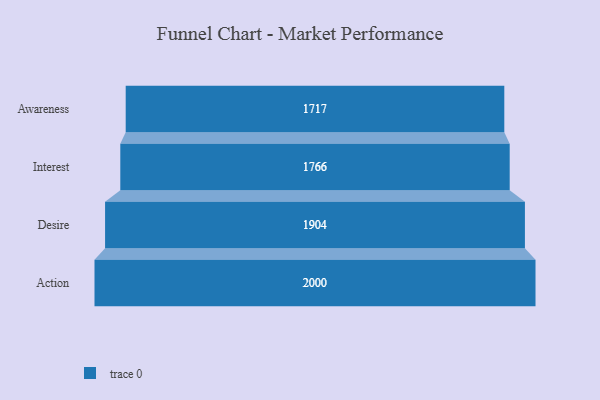
{"axis": {"x": "Stage", "y": "Value"}, "legend": [""], "data": [{"x": "Awareness", "y": 1717.0, "type": ""}, {"x": "Interest", "y": 1766.0, "type": ""}, {"x": "Desire", "y": 1904.0, "type": ""}, {"x": "Action", "y": 2000, "type": ""}]}